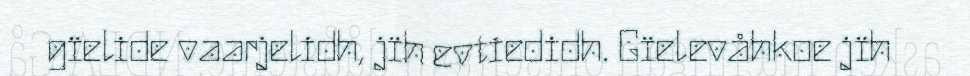
gïelide vaarjelidh, jïh evtiedidh. Gïelevåhkoe jïh